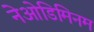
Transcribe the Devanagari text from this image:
नेओडिमिनम